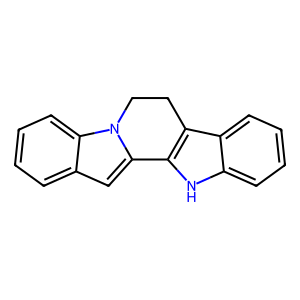
SMILES: c1ccc2c(c1)cc1n2CCc2c-1[nH]c1ccccc21
Inhibits HIV replication: No